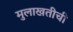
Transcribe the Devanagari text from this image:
मुलाखतीची